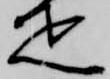
疋